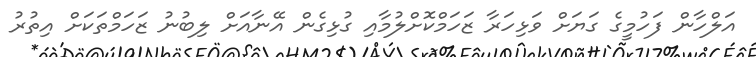
އަލްހާން ފަހުމީގެ ގަޔަށް ވަޅިހަރާ ޒަހަމްކޮށްލުމާއި ގުޅިގެން އޭނާއަށް ލިބުނު ޒަހަމްތަކަށް އިތުރު